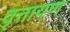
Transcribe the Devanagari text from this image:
वृत्तायण